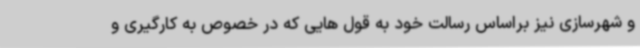
و شهرسازی نیز براساس رسالت خود به قول هایی که در خصوص به کارگیری و